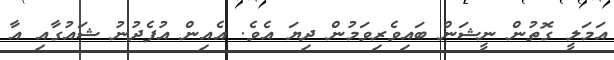
އަމަލީ ގޮތުން ނީޝަން ބައިވެރިވަމުން ދިޔަ އެވެ. އެއިން އުފެދުނު ޝައުގާއި އާ